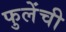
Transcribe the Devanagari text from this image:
फुलेंची